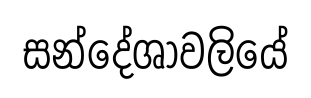
සන්දේශාවලියේ